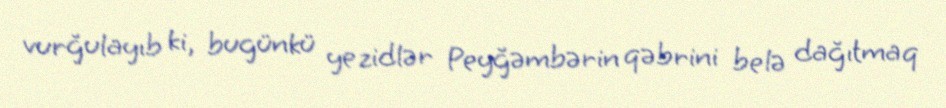
vurğulayıb ki, bugünkü yezidlər Peyğəmbərin qəbrini belə dağıtmaq